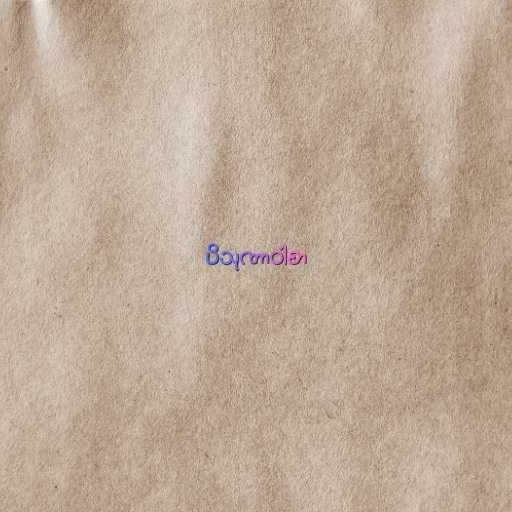
ပိသုဏာဝါစာ